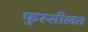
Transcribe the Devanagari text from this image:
फुस्सीलत